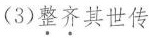
(3)整齐其世传